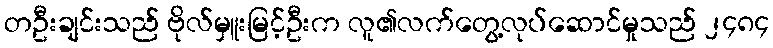
တဦးချင်းသည် ဗိုလ်မှူးမြင့်ဦးက လူ၏လက်တွေ့လုပ်ဆောင်မှုသည် ၂၄၈၄